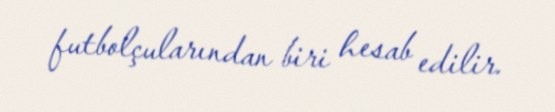
futbolçularından biri hesab edilir.